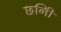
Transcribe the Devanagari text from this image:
छनिी